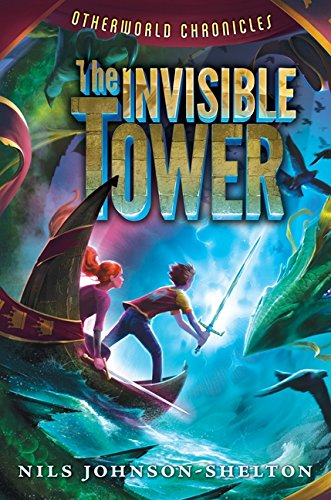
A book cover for Otherworld Chronicles: The Invisible Tower; Nils Johnson-Shelton; Children's Books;